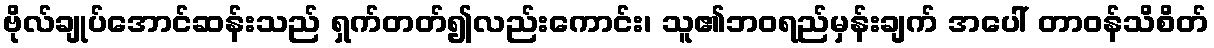
ဗိုလ်ချုပ်အောင်ဆန်းသည် ရှက်တတ်၍လည်းကောင်း၊ သူ၏ဘဝရည်မှန်းချက် အပေါ် တာဝန်သိစိတ်